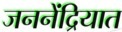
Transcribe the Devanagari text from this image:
जननेंद्रियात